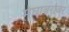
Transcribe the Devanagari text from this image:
मेघाबरोबर